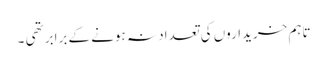
تاہم خریداروں کی تعداد نہ ہونے کے برابر تھی ۔